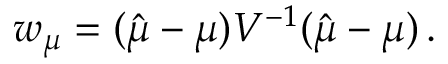
w _ { \boldsymbol { \mu } } = ( \hat { \boldsymbol { \mu } } - \boldsymbol { \mu } ) V ^ { - 1 } ( \hat { \boldsymbol { \mu } } - \boldsymbol { \mu } ) \, .